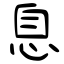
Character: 息